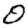
Digit: 0